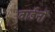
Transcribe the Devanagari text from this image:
वार्डनों